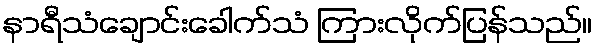
နာရီသံချောင်းခေါက်သံ ကြားလိုက်ပြန်သည်။